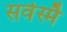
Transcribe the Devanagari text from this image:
सर्वस्मै